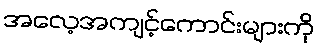
အလေ့အကျင့်ကောင်းများကို